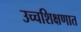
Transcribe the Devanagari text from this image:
उच्चशिक्षणात